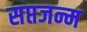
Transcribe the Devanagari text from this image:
सप्तजन्म